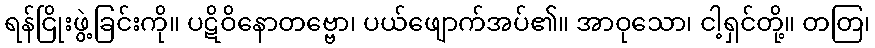
ရန်ငြိုးဖွဲ့ခြင်းကို။ ပဋိဝိနောတဗ္ဗော၊ ပယ်ဖျောက်အပ်၏။ အာဝုသော၊ ငါ့ရှင်တို့။ တတြ၊